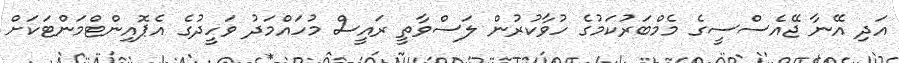
އަދި އޭނާ ޖޭއެސްސީގެ މެމްބަރުކަމުގެ ހުވާކުރުން ލަސްވާތީ ރައީސް މުހައްމަދު ވަހީދުގެ އެޕޮއިންޓްމަންޓަކަށް